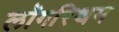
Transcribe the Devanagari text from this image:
लॉगरिथम